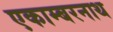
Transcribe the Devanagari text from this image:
एकाम्बरनाथ